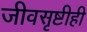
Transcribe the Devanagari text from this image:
जीवसृष्टीही